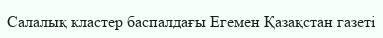
Салалық кластер баспалдағы Егемен Қазақстан газеті